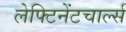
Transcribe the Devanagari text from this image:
लेफ्टिनेंटचार्ल्स